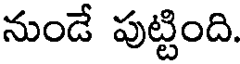
నుండే పుట్టింది.